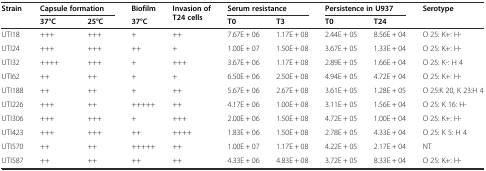
<table><thead><tr><td><b>Strain</b></td><td colspan="2"><b>Capsule formation</b></td><td><b>Biofilm</b></td><td><b>Invasion of T24 cells</b></td><td colspan="2"><b>Serum resistance</b></td><td colspan="2"><b>Persistence in U937</b></td><td><b>Serotype</b></td></tr><tr><td></td><td><b>37°C</b></td><td><b>25°C</b></td><td><b>37°C</b></td><td></td><td><b>T0</b></td><td><b>T3</b></td><td><b>T0</b></td><td><b>T24</b></td><td></td></tr></thead><tbody><tr><td>UTI18</td><td>+++</td><td>+++</td><td>+</td><td>++</td><td>7.67E + 06</td><td>1.17E + 08</td><td>2.44E + 05</td><td>8.56E + 04</td><td>O 25: K+: H-</td></tr><tr><td>UTI24</td><td>+++</td><td>+++</td><td>++</td><td>+</td><td>1.00E + 07</td><td>1.50E + 08</td><td>3.67E + 05</td><td>1.33E + 04</td><td>O 25: K+: H-</td></tr><tr><td>UTI32</td><td>++++</td><td>+++</td><td>+</td><td>+++</td><td>3.67E + 06</td><td>1.17E + 08</td><td>2.89E + 05</td><td>1.66E + 04</td><td>O 25: K-: H 4</td></tr><tr><td>UTI62</td><td>++</td><td>++</td><td>+</td><td>+</td><td>6.50E + 06</td><td>2.50E + 08</td><td>4.94E + 05</td><td>4.72E + 04</td><td>O 25: K+: H-</td></tr><tr><td>UTI188</td><td>++</td><td>++</td><td>+</td><td>++</td><td>5.67E + 06</td><td>2.67E + 08</td><td>3.61E + 05</td><td>1.28E + 05</td><td>O 25:K 20, K 23:H 4</td></tr><tr><td>UTI226</td><td>+++</td><td>++</td><td>+++++</td><td>++</td><td>4.17E + 06</td><td>1.00E + 08</td><td>3.11E + 05</td><td>1.56E + 04</td><td>O 25: K 16: H-</td></tr><tr><td>UTI306</td><td>+++</td><td>+++</td><td>+</td><td>+++</td><td>2.00E + 06</td><td>1.50E + 08</td><td>4.72E + 05</td><td>1.00E + 04</td><td>O 25: K+: H-</td></tr><tr><td>UTI423</td><td>+++</td><td>+++</td><td>++</td><td>++++</td><td>1.83E + 06</td><td>1.50E + 08</td><td>2.78E + 05</td><td>4.33E + 04</td><td>O 25: K 5: H 4</td></tr><tr><td>UTI570</td><td>++</td><td>++</td><td>+++++</td><td>++</td><td>1.00E + 07</td><td>1.17E + 08</td><td>4.22E + 05</td><td>2.17E + 04</td><td>NT</td></tr><tr><td>UTI587</td><td>++</td><td>++</td><td>++</td><td>++</td><td>4.33E + 06</td><td>4.83E + 08</td><td>3.72E + 05</td><td>8.33E + 04</td><td>O 25: K+: H-</td></tr></tbody></table>